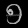
Digit: ၅